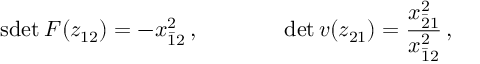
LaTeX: \begin{array} { c c } { { \mathrm { s d e t } \: F ( z _ { 1 2 } ) = - x _ { \bar { 1 } 2 } ^ { 2 } \, , ~ ~ ~ ~ } } & { { ~ ~ ~ ~ \operatorname * { d e t } v ( z _ { 2 1 } ) = \displaystyle { \frac { x _ { \bar { 2 } 1 } ^ { 2 } } { x _ { \bar { 1 } 2 } ^ { 2 } } } \, , } } \end{array}